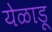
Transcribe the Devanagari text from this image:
येळाडू